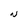
Character: N